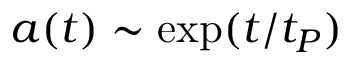
a ( t ) \sim \exp ( t / t _ { P } )